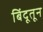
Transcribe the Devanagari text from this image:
बिंदूतून